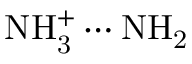
\mathrm { N H _ { 3 } ^ { + } \cdots N H _ { 2 } }